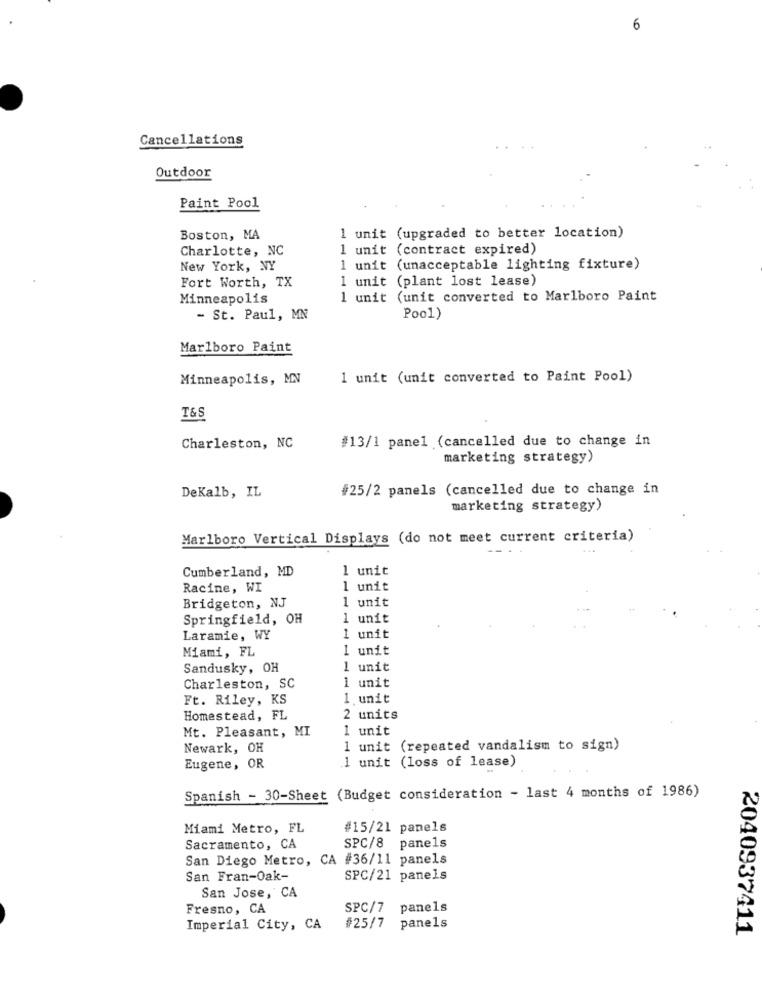
6
Cancellations
Outdoor
Paint Pool
Boston, MA
1 unit (upgraded to better location)
Charlotte, NC
1 unit (contract expired)
New York, NY
1 unit (unacceptable lighting fixture)
Fort Worth, TX
1 unit (plant lost lease)
Minneapolis
1 unit (unit converted to Marlboro Paint
- St. Paul, MN
Pool)
Marlboro Paint
Minneapolis, MN
1 unit (unit converted to Paint Pool)
T&S
#13/1 panel (cancelled due to change in
Charleston, NC
marketing strategy)
#25/2 panels (cancelled due to change in
DeKalb, IL
marketing strategy)
Marlboro Vertical Displays (do not meet current criteria)
Cumberland, MD
unit
Racine, WI
1 unit
1 unit
Bridgeton, NJ
Springfield, OH
unit
Laramie, WY
1 unit
Miami, FL
I unit
Sandusky, OH
1 unit
Charleston, SC
1 unit
Ft. Riley, KS
1.unit
Homestead, FL
2 units
Mt. Pleasant, MI
1 unit
Newark, OH
1 unit (repeated vandalism to sign)
1 unit (loss of lease)
Eugene, OR
Spanish - 30-Sheet (Budget consideration - last 4 months of 1986)
Miami Metro, FL
#15/21 panels
Sacramento, CA
SPC/8 panels
San Diego Metro, CA #36/11 panels
San Fran-Oak-
SPC/21 panels
San Jose, CA
Fresno, CA
SPC/7
panels
panels
Imperial City, CA
#25/7
2040937411